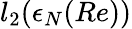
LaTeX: l_{2}(\epsilon_{N}(Re))